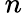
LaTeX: \, n